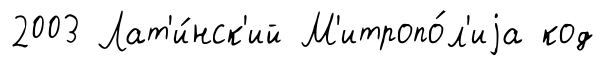
2003 Лат'и́нск'ий М'итропо́л'иjа код